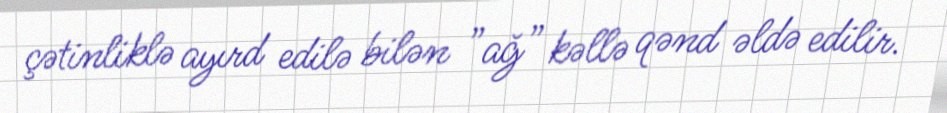
çətinliklə ayırd edilə bilən ”ağ” kəllə qənd əldə edilir.